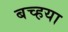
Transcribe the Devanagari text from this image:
बच्हया